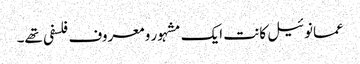
عمانوئیل کانت ایک مشہور و معروف فلسفی تھے۔